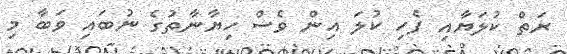
ރަތް ކުލަޔާއި ފެހި ކުލަ އިން ވެސް ހިޔާނާތުގެ ނުބައި ވަބާ މި